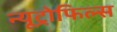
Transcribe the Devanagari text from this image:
न्यूट्रोफिल्स